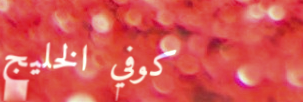
كوفي الخليج